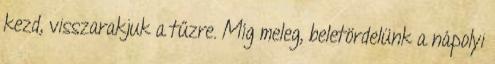
kezd, visszarakjuk a tűzre. Míg meleg, beletördelünk a nápolyi